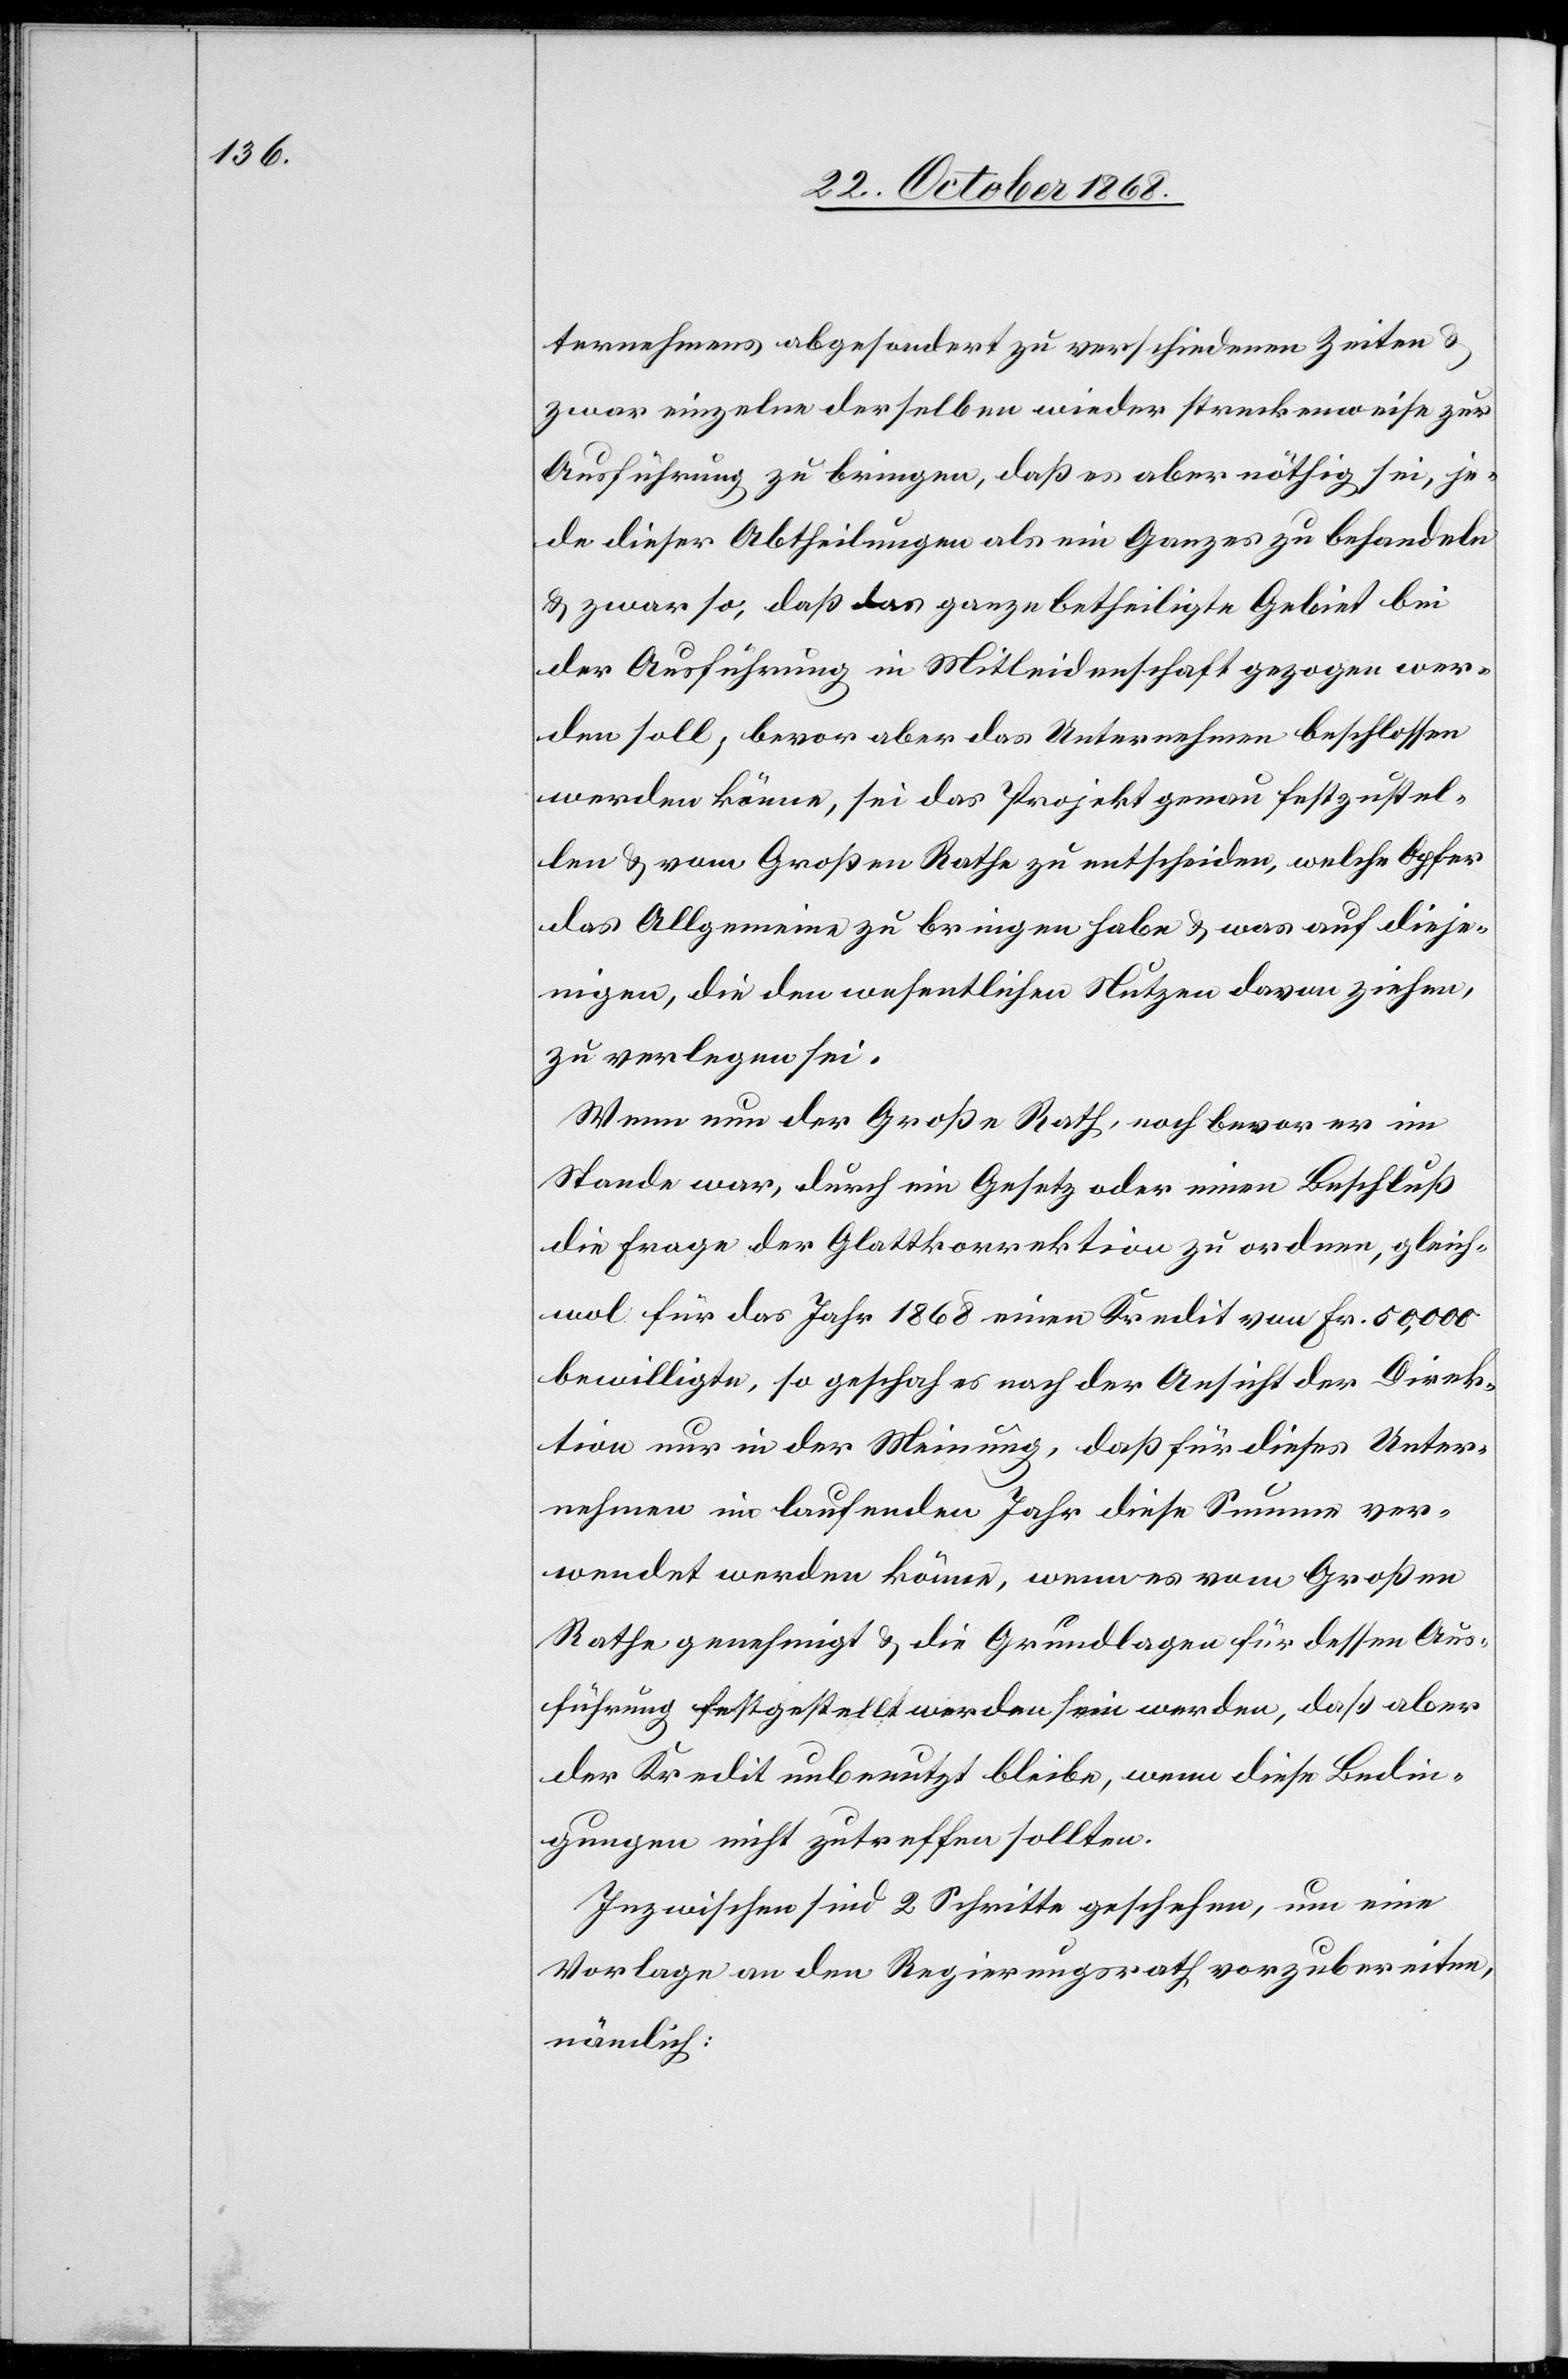
ternehmens abgesondert zu verschiedenen Zeiten &
zwar einzelne derselben wieder streckenweise zur
Ausführung zu bringen, daß es aber nöthig sei, je¬
de dieser Abtheilungen als ein Ganzes zu behandeln
& zwar so, daß das ganze betheiligte Gebiet bei
der Ausführung in Mitleidenschaft gezogen wer¬
den soll; bevor aber das Unternehmen beschlossen
werden könne, sei das Projekt genau festzustel¬
len & vom Großen Rathe zu entscheiden, welche Opfer
das Allgemeine zu bringen habe & was auf dieje¬
nigen, die den wesentlichen Nutzen davon ziehen,
zu verlegen sei.
Wenn nun der Große Rath, noch bevor er im
Stande war, durch ein Gesetz oder einen Beschluß
die Frage der Glattkorrektion zu ordnen, gleich¬
wol für das Jahr 1868 einen Kredit von Fr. 50,000
bewilligte, so geschah es nach der Ansicht der Direk¬
tion nur in der Meinung, daß für dieses Unter¬
nehmen im laufenden Jahr diese Summe ver¬
wendet werden könne, wenn es vom Großen
Rathe genehmigt & die Grundlagen für dessen Aus¬
führung festgestellt werden sein werden, daß aber
der Kredit unbenutzt bleibe, wenn diese Bedin¬
gungen nicht zutreffen sollten.
Inzwischen sind 2 Schritte geschehen, um eine
Vorlage an den Regierungsrath vorzubereiten,
nämlich: